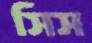
সিস